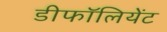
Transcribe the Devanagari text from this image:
डीफॉलियेंट